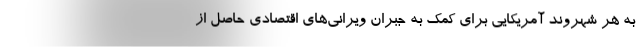
به هر شهروند آمریکایی برای کمک به جبران ویرانی‌های اقتصادی حاصل از